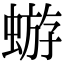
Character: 蝣